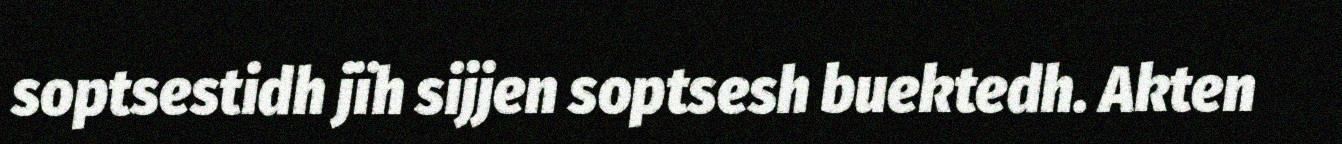
soptsestidh jïh sijjen soptsesh buektedh. Akten